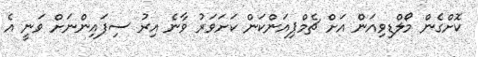
ކޮށްގެން މޯލްޑިވިއަން އަށް ޗެމްޕިއަންކަން ކަށަވަރު ވާނެ އިރު ސިފައިންނަށް ވަނީ އެ